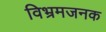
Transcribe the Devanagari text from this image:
विभ्रमजनक